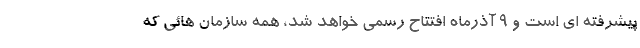
پیشرفته ای است و ۹ آذرماه افتتاح رسمی خواهد شد، همه سازمان هائی که